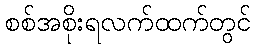
စစ်အစိုးရလက်ထက်တွင်